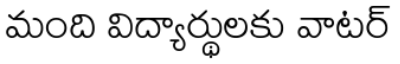
మంది విద్యార్థులకు వాటర్